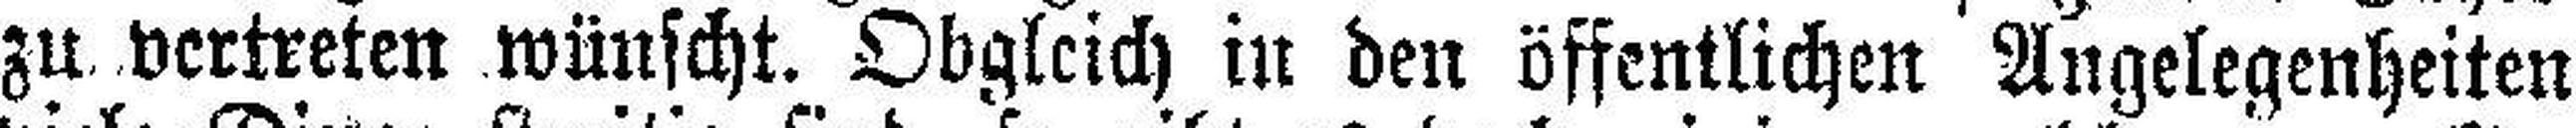
zu vertreten wünscht. Obgleich in den öffentlichen Angelegenheiten